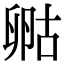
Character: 𠷞